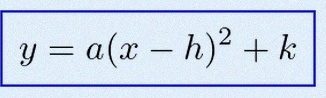
y=a(x-h)^2+k